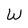
Character: W